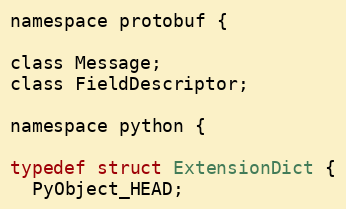
Language: C
namespace protobuf {

class Message;
class FieldDescriptor;

namespace python {

typedef struct ExtensionDict {
  PyObject_HEAD;